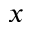
x